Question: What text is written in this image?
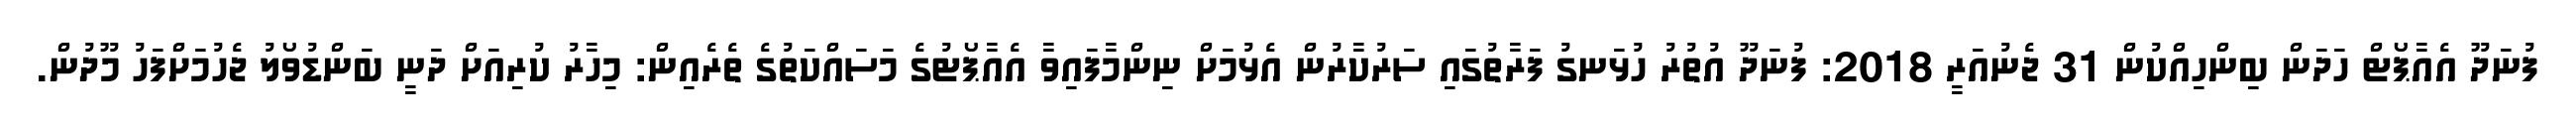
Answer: ފުނަދޫ އެއާޕޯޓް ހަދަން ބިންހިއްކުން 31 ޖެނުއަރީ 2018: ފުނަދޫ އުތުރު ހުޅަނގު ފަރާތުގައި ސަރުކާރުން އެޅުމަށް ނިންމާފައިވާ އެއާޕޯޓުގެ މަސައްކަތުގެ ތެރެއިން: މިހާރު ކުރިއަށް ދަނީ ބަންޑުވޯލު ޖެހުމަށްފަހު މޫދުން.